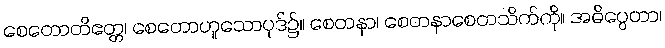
စေတောတိဧတ္တ၊ စေတောဟူသောပုဒ်၌။ စေတနာ၊ စေတနာစေတသိက်ကို။ အဓိပ္ပေတာ၊